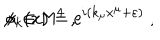
LaTeX: \phi _ { k } ( x ) = \mathrm { e } ^ { i ( k _ { \mu } x ^ { \mu } + \varepsilon ) } \; , \hspace { 1 c m } x \in { \sf M } ^ { 4 } \; ,